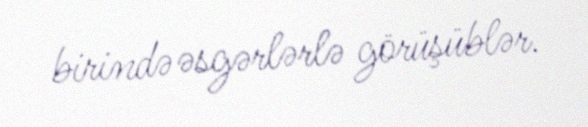
birində əsgərlərlə görüşüblər.